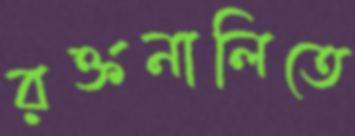
রক্তনালিতে